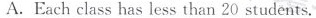
A. Each class has less than 20 students.